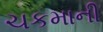
ચકમાની